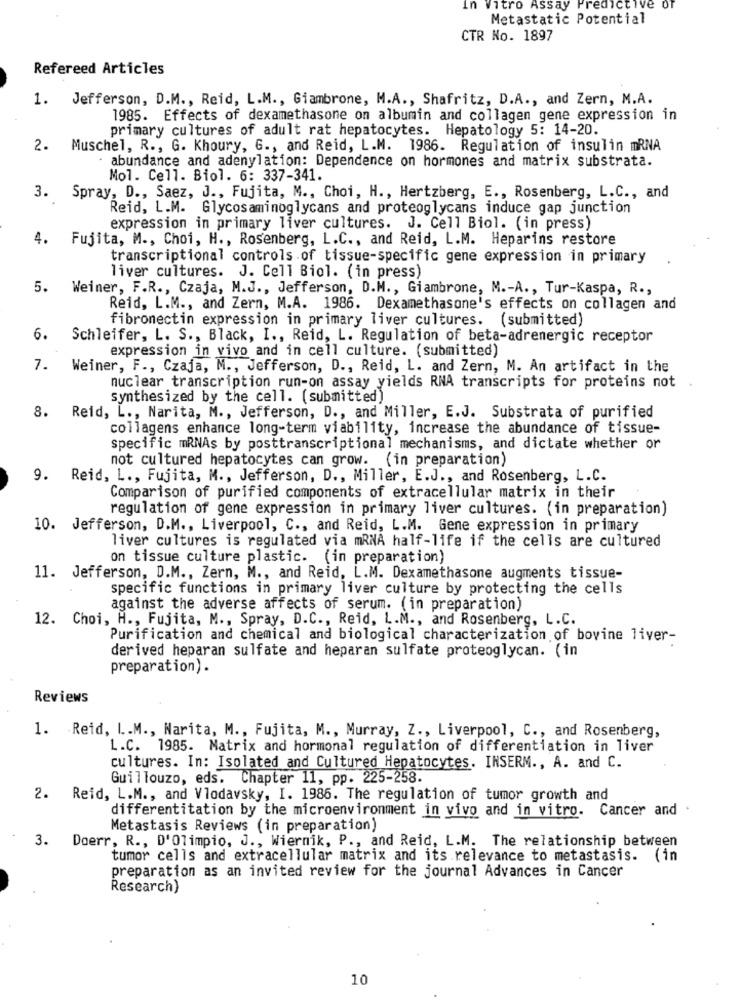
In Vitro Assay Predictive
Metastatic Potential
CTR No. 1897
Refereed Articles
1. Jefferson, D.M ., Reid, L.M ., Giambrone, M.A ., Shafritz, D.A ., and Zern, M.A.
1985. Effects of dexamethasone on albumin and collagen gene expression in
primary cultures of adult rat hepatocytes. Hepatology 5: 14-20.
2. Muschel, R ., G. Khoury, G ., and Reid, L.M. 1986. Regulation of insulin mRNA
abundance and adenylation: Dependence on hormones and matrix substrata.
Mol. Cell. Biol. 6: 337-341.
3. Spray, D ., Saez, J ., Fujita, M ., Choi, H ., Hertzberg, E ., Rosenberg, L.C ., and
Reid, L.M. Glycosaminoglycans and proteoglycans induce gap junction
expression in primary liver cultures. J. Cell Biol. (in press)
4.
Fujita, M ., Choi, H ., Rosenberg, L.C ., and Reid, L.M. Heparins restore
transcriptional controls of tissue-specific gene expression in primary
liver cultures. J. Cell Biol. (in press)
5.
Weiner, F.R ., Czaja, M.J ., Jefferson, D.M ., Giambrone, M .- A ., Tur-Kaspa, R .,
Reid, L.M ., and Zern, M.A. 1986. Dexamethasone's effects on collagen and
fibronectin expression in primary liver cultures. (submitted)
6.
Schleifer, L. S ., Black, I ., Reid, L. Regulation of beta-adrenergic receptor
expression in vivo and in cell culture. (submitted)
7.
Weiner, F ., Czaja, M ., Jefferson, D ., Reid, L. and Zern, M. An artifact in the
nuclear transcription run-on assay yields RNA transcripts for proteins not
synthesized by the cell. (submitted)
8. Reid, L ., Narita, M ., Jefferson, D ., and Miller, E.J. Substrata of purified
collagens enhance long-term viability, increase the abundance of tissue-
specific mRNAs by posttranscriptional mechanisms, and dictate whether or
not cultured hepatocytes can grow. (in preparation)
9. Reid, L ., Fujita, M ., Jefferson, D ., Miller, E.J ., and Rosenberg, L.C.
Comparison of purified components of extracellular matrix in their
regulation of gene expression in primary liver cultures. (in preparation)
10. Jefferson, D.M ., Liverpool, C ., and Reid, L.M. Gene expression in primary
liver cultures is regulated via mRNA half-life if the cells are cultured
on tissue culture plastic. (in preparation)
11. Jefferson, D.M ., Zern, M ., and Reid, L.M. Dexamethasone augments tissue-
specific functions in primary liver culture by protecting the cells
against the adverse affects of serum. (in preparation)
12. Choi, H ., Fujita, M ., Spray, D.C ., Reid, L.M ., and Rosenberg, L.C.
Purification and chemical and biological characterization of bovine liver-
derived heparan sulfate and heparan sulfate proteoglycan. (in
preparation) .
Reviews
1. Reid, L.M ., Narita, M ., Fujita, M ., Murray, Z ., Liverpool, C ., and Rosenberg,
L.C. 1985. Matrix and hormonal regulation of differentiation in Tiver
cultures. In: Isolated and Cultured Hepatocytes. INSERM ., A. and C.
Guillouzo, eds. Chapter 11, pp. 225-258.
2. Reid, L.M ., and Vlodavsky, I. 1986. The regulation of tumor growth and
differentitation by the microenvironment in vivo and in vitro. Cancer and .
Metastasis Reviews (in preparation)
3.
Doerr, R ., D'Olimpio, J ., Wiernik, P ., and Reid, L.M. The relationship between
tumor cells and extracellular matrix and its relevance to metastasis. (in
preparation as an invited review for the journal Advances in Cancer
Research)
10